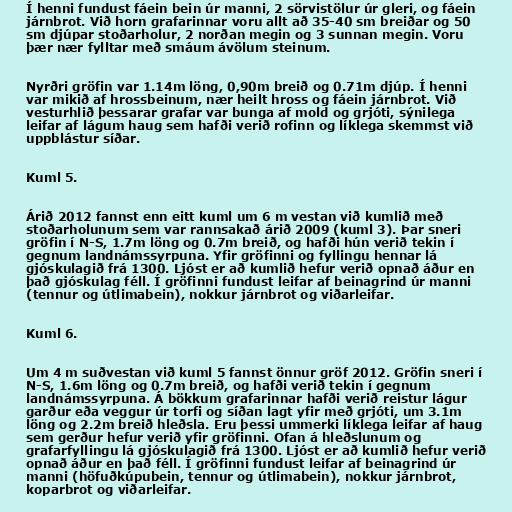
Í henni fundust fáein bein úr manni, 2 sörvistölur úr gleri, og fáein
járnbrot. Við horn grafarinnar voru allt að 35-40 sm breiðar og 50
sm djúpar stoðarholur, 2 norðan megin og 3 sunnan megin. Voru
þær nær fylltar með smáum ávölum steinum.

Nyrðri gröfin var 1.14m löng, 0,90m breið og 0.71m djúp. Í henni
var mikið af hrossbeinum, nær heilt hross og fáein járnbrot. Við
vesturhlið þessarar grafar var bunga af mold og grjóti, sýnilega
leifar af lágum haug sem hafði verið rofinn og líklega skemmst við
uppblástur síðar.

Kuml 5.

Árið 2012 fannst enn eitt kuml um 6 m vestan við kumlið með
stoðarholunum sem var rannsakað árið 2009 (kuml 3). Þar sneri
gröfin í N-S, 1.7m löng og 0.7m breið, og hafði hún verið tekin í
gegnum landnámssyrpuna. Yfir gröfinni og fyllingu hennar lá
gjóskulagið frá 1300. Ljóst er að kumlið hefur verið opnað áður en
það gjóskulag féll. Í gröfinni fundust leifar af beinagrind úr manni
(tennur og útlimabein), nokkur járnbrot og viðarleifar.

Kuml 6.

Um 4 m suðvestan við kuml 5 fannst önnur gröf 2012. Gröfin sneri í
N-S, 1.6m löng og 0.7m breið, og hafði verið tekin í gegnum
landnámssyrpuna. Á bökkum grafarinnar hafði verið reistur lágur
garður eða veggur úr torfi og síðan lagt yfir með grjóti, um 3.1m
löng og 2.2m breið hleðsla. Eru þessi ummerki líklega leifar af haug
sem gerður hefur verið yfir gröfinni. Ofan á hleðslunum og
grafarfyllingu lá gjóskulagið frá 1300. Ljóst er að kumlið hefur verið
opnað áður en það féll. Í gröfinni fundust leifar af beinagrind úr
manni (höfuðkúpubein, tennur og útlimabein), nokkur járnbrot,
koparbrot og viðarleifar.